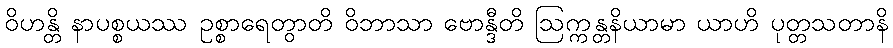
ဝိဟန္တိ နာပစ္စယဿ ဥစ္စာရေတွာတိ ဝိဘာသာ ဗောန္ဒီတိ ဩက္ကန္တနိယာမာ ယာဟိ ပုတ္တသတာနိ